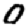
Digit: 0